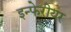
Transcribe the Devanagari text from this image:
इन्फेरीयर